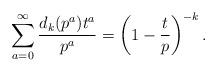
LaTeX: \begin{align*}\sum_{a=0}^{\infty} \frac{d_k(p^a)t^a}{p^a}=\left(1-\frac{t}{p}\right)^{-k}.\end{align*}